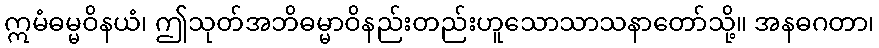
ဣမံဓမ္မဝိနယံ၊ ဤသုတ်အဘိဓမ္မာဝိနည်းတည်းဟူသောသာသနာတော်သို့။ အနဓဂတာ၊